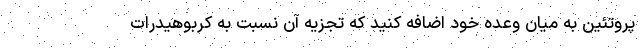
پروتئین به میان وعده خود اضافه کنید که تجزیه آن نسبت به کربوهیدرات